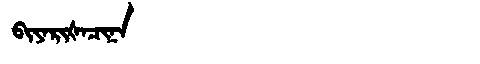
Manchu: ᠪᡳᠶᠠᡵᡳᡧᠠᠴᡳᠨᠠ
Romanization: BIYARIŠACINA